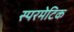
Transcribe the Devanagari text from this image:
स्परमेटिक